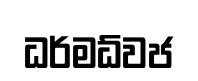
ධර්මධ්වජ